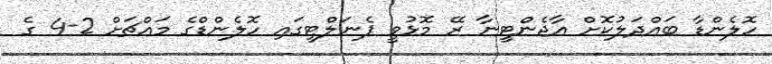
ހޮލެންޑާ ބައްދަލުކޮށް އާޖެންޓީނާ ރޭ މޮޅުވީ ޕެނަލްޓީގައި ހޮލެންޑްގެ މައްޗަށް 2-4 ގެ